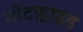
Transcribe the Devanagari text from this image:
गॉटफ़्राइड